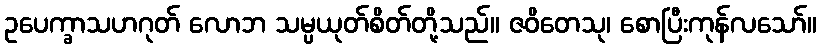
ဥပေက္ခာသဟဂုတ် လောဘ သမ္ပယုတ်စိတ်တို့သည်။ ဇဝိတေသု၊ စောပြီးကုန်လသော်။